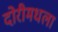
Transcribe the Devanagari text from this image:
दोरीमधला